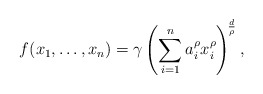
\begin{align*} f(x_1,\ldots,x_n)=\gamma \left(\sum_{i=1}^{n}a_{i}^{\rho}x_{i}^{\rho}\right)^{\! \frac{d}{\rho}},\end{align*}